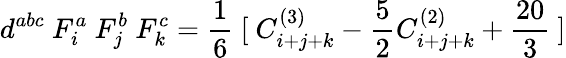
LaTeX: d^{abc}~F_{i}^{a}~F_{j}^{b}~F_{k}^{c}=\frac{1}{6}~[~C_{i+j+k}^{(3)}-\frac{5}{2}C_{i+j+k}^{(2)}+\frac{20}{3}~]